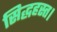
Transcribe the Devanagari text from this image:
सिद्धहस्त।